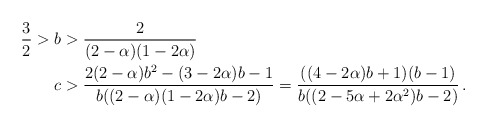
\begin{align*} \frac{3}{2} >\; & b >\frac{2}{(2-\alpha)(1-2\alpha)}\\&c > \frac{2(2-\alpha) b^2 - (3-2\alpha) b -1}{b((2-\alpha) (1-2\alpha) b -2)} = \frac{((4-2\alpha) b +1) (b-1)}{b ((2-5\alpha + 2\alpha^2) b -2)}\, .\end{align*}